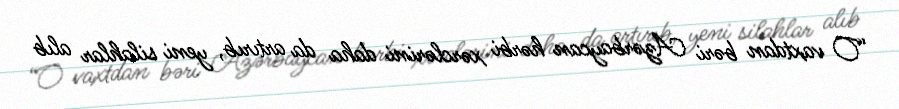
“O vaxtdan bəri Azərbaycan hərbi xərclərini daha da artırıb, yeni silahlar alıb